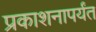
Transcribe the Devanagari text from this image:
प्रकाशनापर्यंत